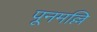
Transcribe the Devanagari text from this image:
पूनमल्लि